Mental hospitals Bombay report 1921-28 - 1921-1928
Year: 1921
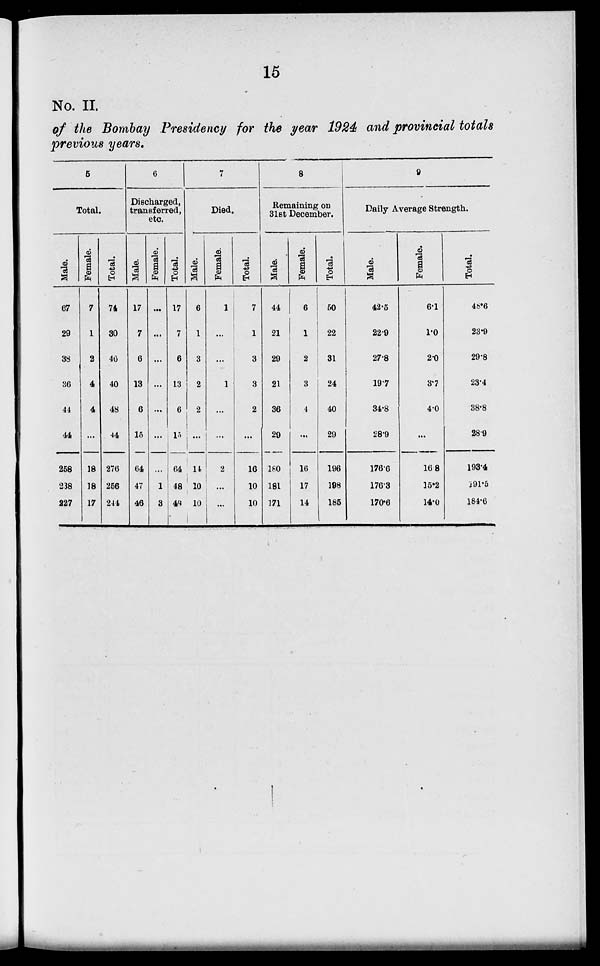
15
No. II.
of the Bombay Presidency for the year 1924 and provincial totals
previous years.
5
Total.
Male.
67
29
38
36
44
44
258
238
227
Female.
7
1
2
4
4
...
18
18
17
Total.
74
30
40
40
48
44
276
256
244
6
Discharged,
transferred,
etc.
Male.
17
7
6
13
6
15
64
47
46
Female.
...
...
...
...
...
...
...
1
3
Total.
17
7
6
13
6
15
64
48
48
7
Died.
Male.
6
1
3
2
2
...
14
10
10
Female.
1
...
...
1
...
...
2
...
...
Total.
7
1
3
3
2
...
16
10
10
8
Remaining on
31st December.
Male.
44
21
29
21
36
29
180
181
171
Female.
6
1
2
3
4
...
16
17
14
Total.
50
22
31
24
40
29
196
198
185
9
Daily Average Strength.
Male.
42.5
22.9
27.8
19.7
34.8
28.9
176.6
176.3
170.6
Female.
6.1
1.0
2.0
3.7
4.0
...
16.8
15.2
14.0
Total.
48.6
23.9
29.8
23.4
38.8
28.9
193.4
191.5
184.6